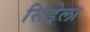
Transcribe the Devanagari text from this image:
सिड्रेला